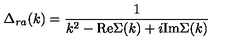
\Delta _ { r a } ( k ) = { \frac { 1 } { k ^ { 2 } - \mathrm { R e } \Sigma ( k ) + i \mathrm { I m } \Sigma ( k ) } }